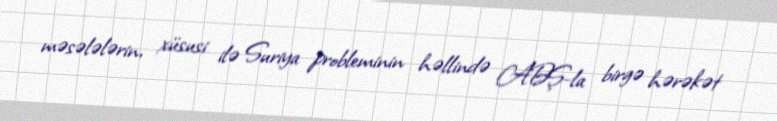
məsələlərin, xüsusi ilə Suriya probleminin həllində ABŞ-la birgə hərəkət